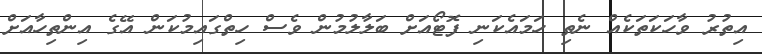
އިތުރު ވާހަކަތަކެއް ނެތި ހަމައެކަނި ފޮޓޯއަށް ބަލާލުމުން ވެސް ހިތްގައިމުކަން އޭގެ އިންތިހާއަށް